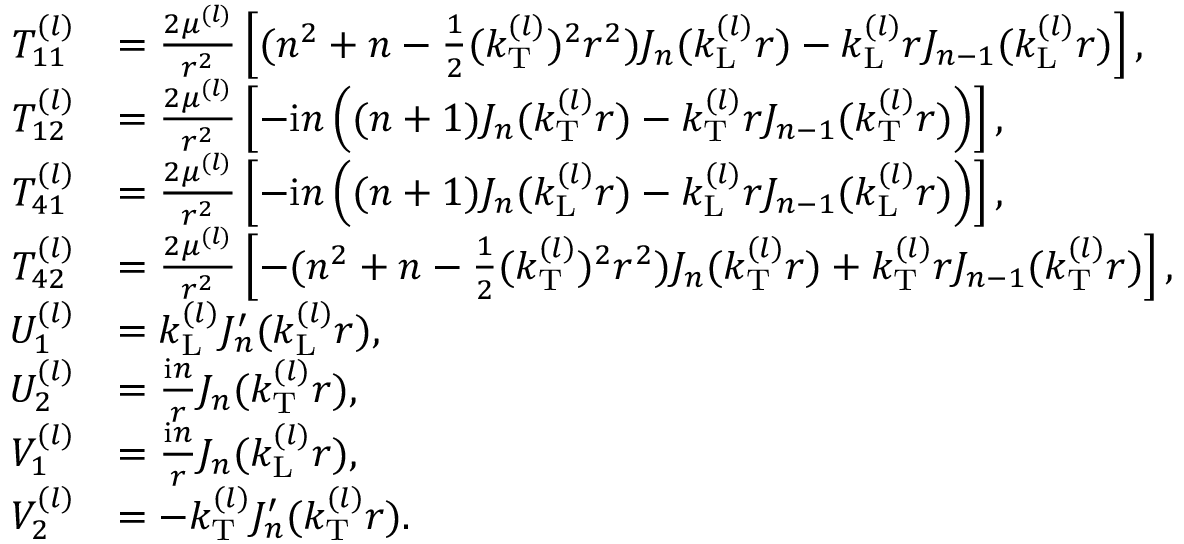
\begin{array} { r l } { T _ { 1 1 } ^ { ( l ) } } & { = \frac { 2 \mu ^ { ( l ) } } { r ^ { 2 } } \left[ ( n ^ { 2 } + n - \frac { 1 } { 2 } ( k _ { \mathrm { T } } ^ { ( l ) } ) ^ { 2 } r ^ { 2 } ) J _ { n } ( k _ { \mathrm { L } } ^ { ( l ) } r ) - k _ { \mathrm { L } } ^ { ( l ) } r J _ { n - 1 } ( k _ { \mathrm { L } } ^ { ( l ) } r ) \right] , } \\ { T _ { 1 2 } ^ { ( l ) } } & { = \frac { 2 \mu ^ { ( l ) } } { r ^ { 2 } } \left[ - \mathrm { i } n \left( ( n + 1 ) J _ { n } ( k _ { \mathrm { T } } ^ { ( l ) } r ) - k _ { \mathrm { T } } ^ { ( l ) } r J _ { n - 1 } ( k _ { \mathrm { T } } ^ { ( l ) } r ) \right) \right] , } \\ { T _ { 4 1 } ^ { ( l ) } } & { = \frac { 2 \mu ^ { ( l ) } } { r ^ { 2 } } \left[ - \mathrm { i } n \left( ( n + 1 ) J _ { n } ( k _ { \mathrm { L } } ^ { ( l ) } r ) - k _ { \mathrm { L } } ^ { ( l ) } r J _ { n - 1 } ( k _ { \mathrm { L } } ^ { ( l ) } r ) \right) \right] , } \\ { T _ { 4 2 } ^ { ( l ) } } & { = \frac { 2 \mu ^ { ( l ) } } { r ^ { 2 } } \left[ - ( n ^ { 2 } + n - \frac { 1 } { 2 } ( k _ { \mathrm { T } } ^ { ( l ) } ) ^ { 2 } r ^ { 2 } ) J _ { n } ( k _ { \mathrm { T } } ^ { ( l ) } r ) + k _ { \mathrm { T } } ^ { ( l ) } r J _ { n - 1 } ( k _ { \mathrm { T } } ^ { ( l ) } r ) \right] , } \\ { U _ { 1 } ^ { ( l ) } } & { = k _ { \mathrm { L } } ^ { ( l ) } J _ { n } ^ { \prime } ( k _ { \mathrm { L } } ^ { ( l ) } r ) , } \\ { U _ { 2 } ^ { ( l ) } } & { = \frac { \mathrm { i } n } { r } J _ { n } ( k _ { \mathrm { T } } ^ { ( l ) } r ) , } \\ { V _ { 1 } ^ { ( l ) } } & { = \frac { \mathrm { i } n } { r } J _ { n } ( k _ { \mathrm { L } } ^ { ( l ) } r ) , } \\ { V _ { 2 } ^ { ( l ) } } & { = - k _ { \mathrm { T } } ^ { ( l ) } J _ { n } ^ { \prime } ( k _ { \mathrm { T } } ^ { ( l ) } r ) . } \end{array}